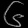
Digit: ၆